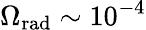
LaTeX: \Omega_{\mathrm{rad}}\sim 10^{-4}